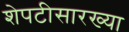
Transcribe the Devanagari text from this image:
शेपटीसारख्या